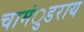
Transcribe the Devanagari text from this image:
चामंुडराय